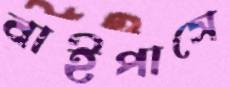
বাইপাসে